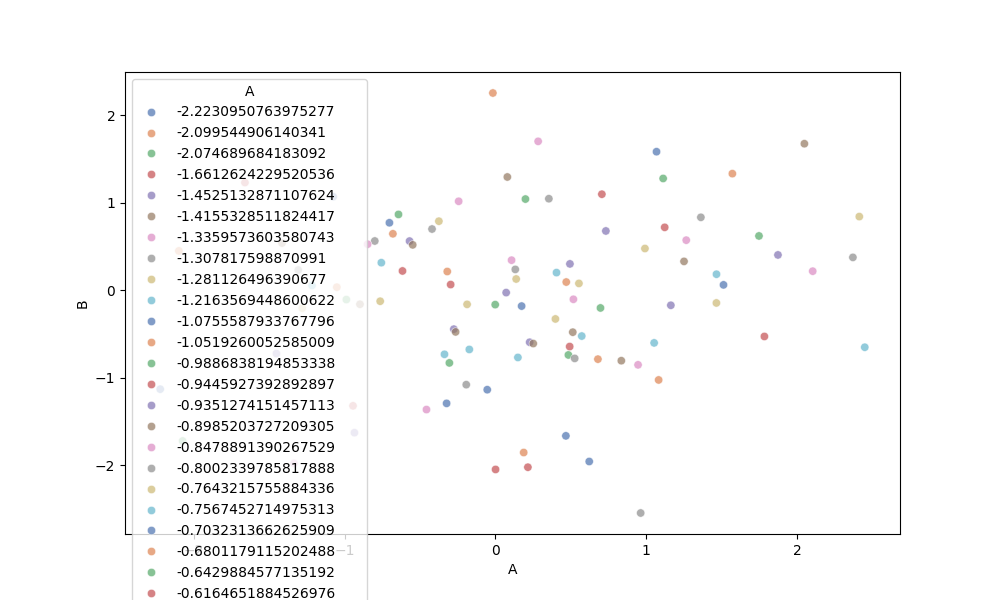
python, seaborn, scatterplot, hue='A', style='None', size='None', palette='deep', alpha=0.7